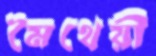
মৈথেয়ী